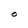
Character: O